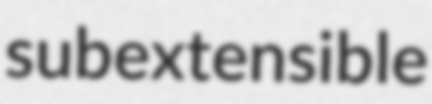
subextensible